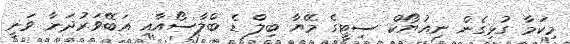
މިކަމާ ގުޅިގެން ނިއުޔޯކް ސިޓީގެ މޭޔާ ބިލް ޑެ ބްލާސޯއާއި އަބޭވަރުދަނާ ވަނީ